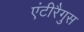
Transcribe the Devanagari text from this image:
एंटीरैगुस